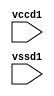
module skullart (vccd1, vssd1);
 input vccd1;
 input vssd1;
endmodule